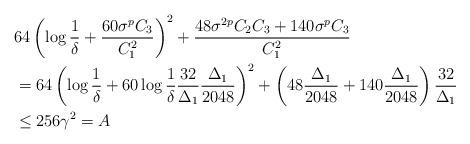
LaTeX: \begin{align*} & 64\left(\log\frac{1}{\delta}+\frac{60\sigma^{p}C_{3}}{C_{1}^{2}}\right)^{2}+\frac{48\sigma^{2p}C_{2}C_{3}+140\sigma^{p}C_{3}}{C_{1}^{2}}\\ & =64\left(\log\frac{1}{\delta}+60\log\frac{1}{\delta}\frac{32}{\Delta_{1}}\frac{\Delta_{1}}{2048}\right)^{2}+\left(48\frac{\Delta_{1}}{2048}+140\frac{\Delta_{1}}{2048}\right)\frac{32}{\Delta_{1}}\\ & \le256\gamma^{2}=A\end{align*}